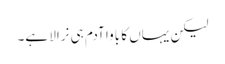
لیکن یہاں کا باوا آدم ہی نرالا ہے۔